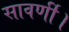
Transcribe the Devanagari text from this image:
सावर्णी।